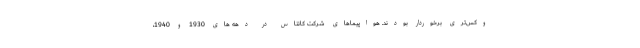
وکس‌تری برخوردار بودند. هواپیماهای شرکت کانتاس در دهه های 1930 و 1940،